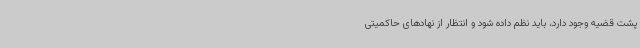
پشت قضیه وجود دارد، باید نظم داده شود و انتظار از نهادهای حاکمیتی